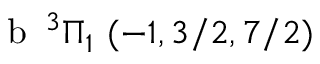
\textrm { b } \, ^ { 3 } \Pi _ { 1 } ~ ( - 1 , 3 / 2 , 7 / 2 )